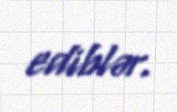
ediblər.